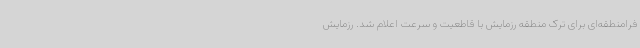
فرامنطقه‌ای برای ترک منطقه رزمایش با قاطعیت و سرعت اعلام شد. رزمایش